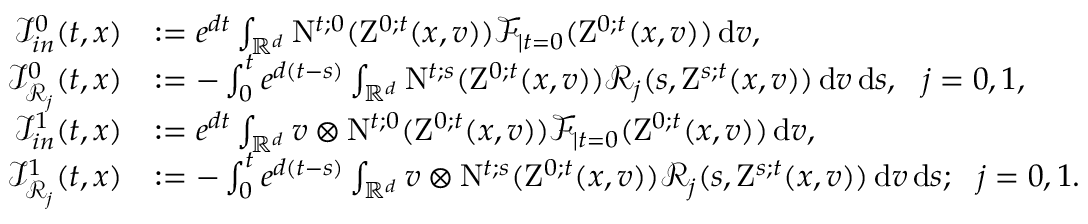
\begin{array} { r l } { \mathcal { I } _ { i n } ^ { 0 } ( t , x ) } & { : = e ^ { d t } \int _ { \mathbb R ^ { d } } \mathrm { N } ^ { t ; 0 } ( \mathrm { Z } ^ { 0 ; t } ( x , v ) ) \mathcal { F } _ { \mid t = 0 } ( \mathrm { Z } ^ { 0 ; t } ( x , v ) ) \, \mathrm { d } v , } \\ { \mathcal { I } _ { \mathcal { R } _ { j } } ^ { 0 } ( t , x ) } & { : = - \int _ { 0 } ^ { t } e ^ { d ( t - s ) } \int _ { \mathbb R ^ { d } } \mathrm { N } ^ { t ; s } ( \mathrm { Z } ^ { 0 ; t } ( x , v ) ) \mathcal { R } _ { j } ( s , \mathrm { Z } ^ { s ; t } ( x , v ) ) \, \mathrm { d } v \, \mathrm { d } s , \ \ j = 0 , 1 , } \\ { \mathcal { I } _ { i n } ^ { 1 } ( t , x ) } & { : = e ^ { d t } \int _ { \mathbb R ^ { d } } v \otimes \mathrm { N } ^ { t ; 0 } ( \mathrm { Z } ^ { 0 ; t } ( x , v ) ) \mathcal { F } _ { \mid t = 0 } ( \mathrm { Z } ^ { 0 ; t } ( x , v ) ) \, \mathrm { d } v , } \\ { \mathcal { I } _ { \mathcal { R } _ { j } } ^ { 1 } ( t , x ) } & { : = - \int _ { 0 } ^ { t } e ^ { d ( t - s ) } \int _ { \mathbb R ^ { d } } v \otimes \mathrm { N } ^ { t ; s } ( \mathrm { Z } ^ { 0 ; t } ( x , v ) ) \mathcal { R } _ { j } ( s , \mathrm { Z } ^ { s ; t } ( x , v ) ) \, \mathrm { d } v \, \mathrm { d } s ; \ \ j = 0 , 1 . } \end{array}